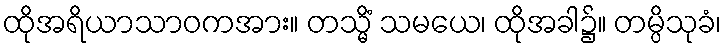
ထိုအရိယာသာဝကအား။ တသ္မိံ သမယေ၊ ထိုအခါ၌။ တမ္ပိသုခံ၊